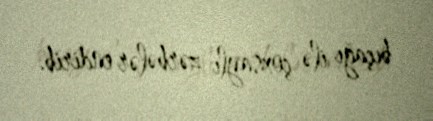
bıçağı ilə çoxsaylı zərbələr endirib.